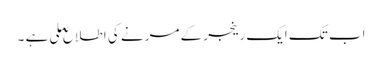
اب تک ایک رینجر کے مرنے کی اطلاع ملی ہے ۔